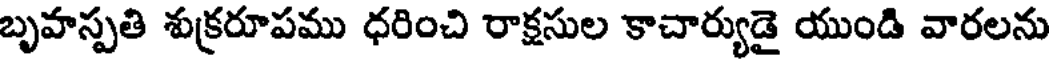
బృహస్పతి శుక్రరూపము ధరించి రాక్షసుల కాచార్యుడై యుండి వారలను